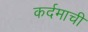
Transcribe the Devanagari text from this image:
कर्दमाची